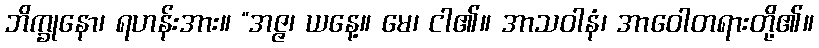
ဘိက္ခုနော၊ ရဟန်းအား။ “အဇ္ဇ၊ ယနေ့။ မေ၊ ငါ၏။ အာသဝါနံ၊ အာဝေါတရားတို့၏။